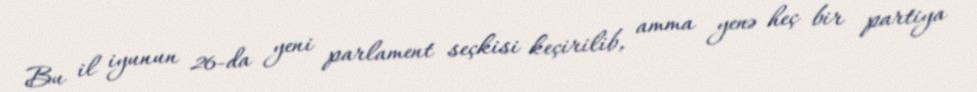
Bu il iyunun 26-da yeni parlament seçkisi keçirilib, amma yenə heç bir partiya